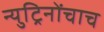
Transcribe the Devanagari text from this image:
न्युट्रिनोंचाच